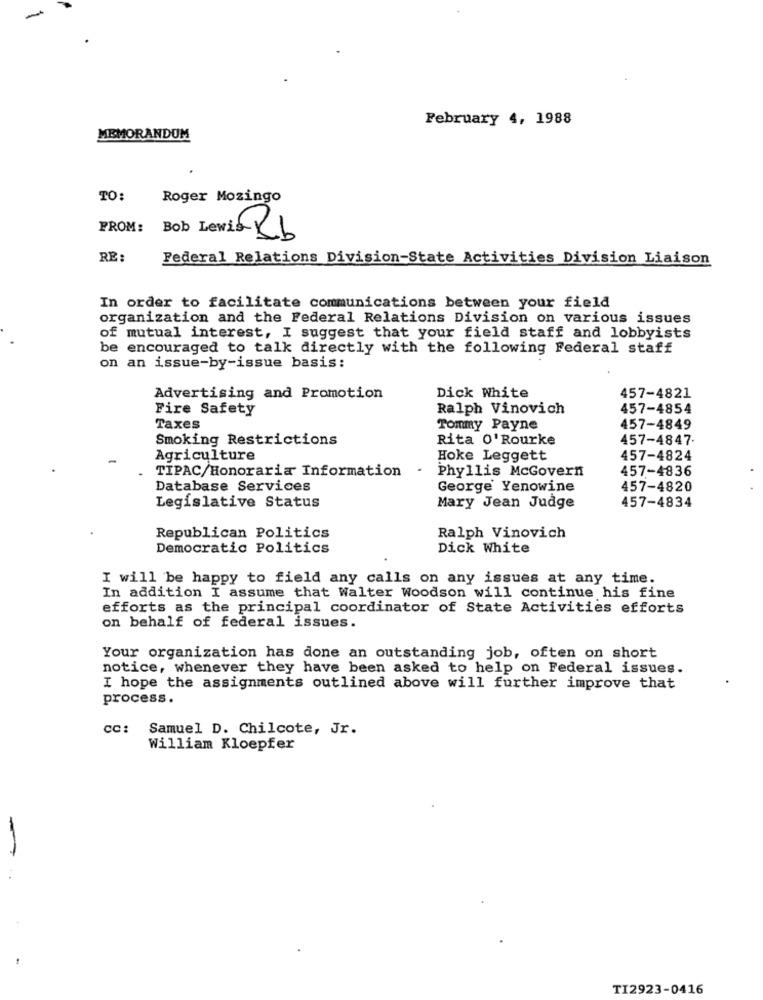
-
February 4, 1988
MEMORANDUM
TO:
Roger Mozingo
FROM:
RI
RE:
Federal Relations Division-State Activities Division Liaison
In order to facilitate communications between your field
organization and the Federal Relations Division on various issues
of mutual interest, I suggest that your field staff and lobbyists
be encouraged to talk directly with the following Federal staff
on an issue-by-issue basis:
Advertising and Promotion
Dick White
457-4821
Fire Safety
Ralph Vinovich
457-4854
Taxes
Tommy Payne
457-4849
Smoking Restrictions
Rita O'Rourke
457-4847.
Agriculture
Hoke Leggett
457-4824
TIPAC/Honoraria Information
.
Phyllis McGovern
457-4836
Database Services
George Yenowine
457-4820
457-4834
Legislative Status
Mary Jean Judge
Republican Politics
Ralph Vinovich
Democratic Politics
Dick White
I will be happy to field any calls on any issues at any time.
In addition I assume that Walter Woodson will continue his fine
efforts as the principal coordinator of State Activities efforts
on behalf of federal issues.
Your organization has done an outstanding job, often on short
notice, whenever they have been asked to help on Federal issues.
I hope the assignments outlined above will further improve that
process.
CC: Samuel D. Chilcote, Jr.
William Kloepfer
TI2923-0416